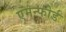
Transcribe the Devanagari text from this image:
एमन्फोर्ड